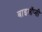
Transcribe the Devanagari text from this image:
बाइऑप्सी